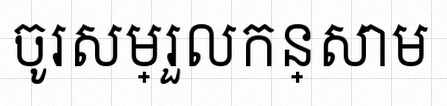
ចូរសម្រួលកន្សោម